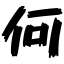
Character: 何